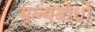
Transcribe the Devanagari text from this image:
मूल्यबोधों